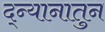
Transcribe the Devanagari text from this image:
द्न्यानातुन